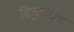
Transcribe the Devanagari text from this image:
विध्रुवीकृत